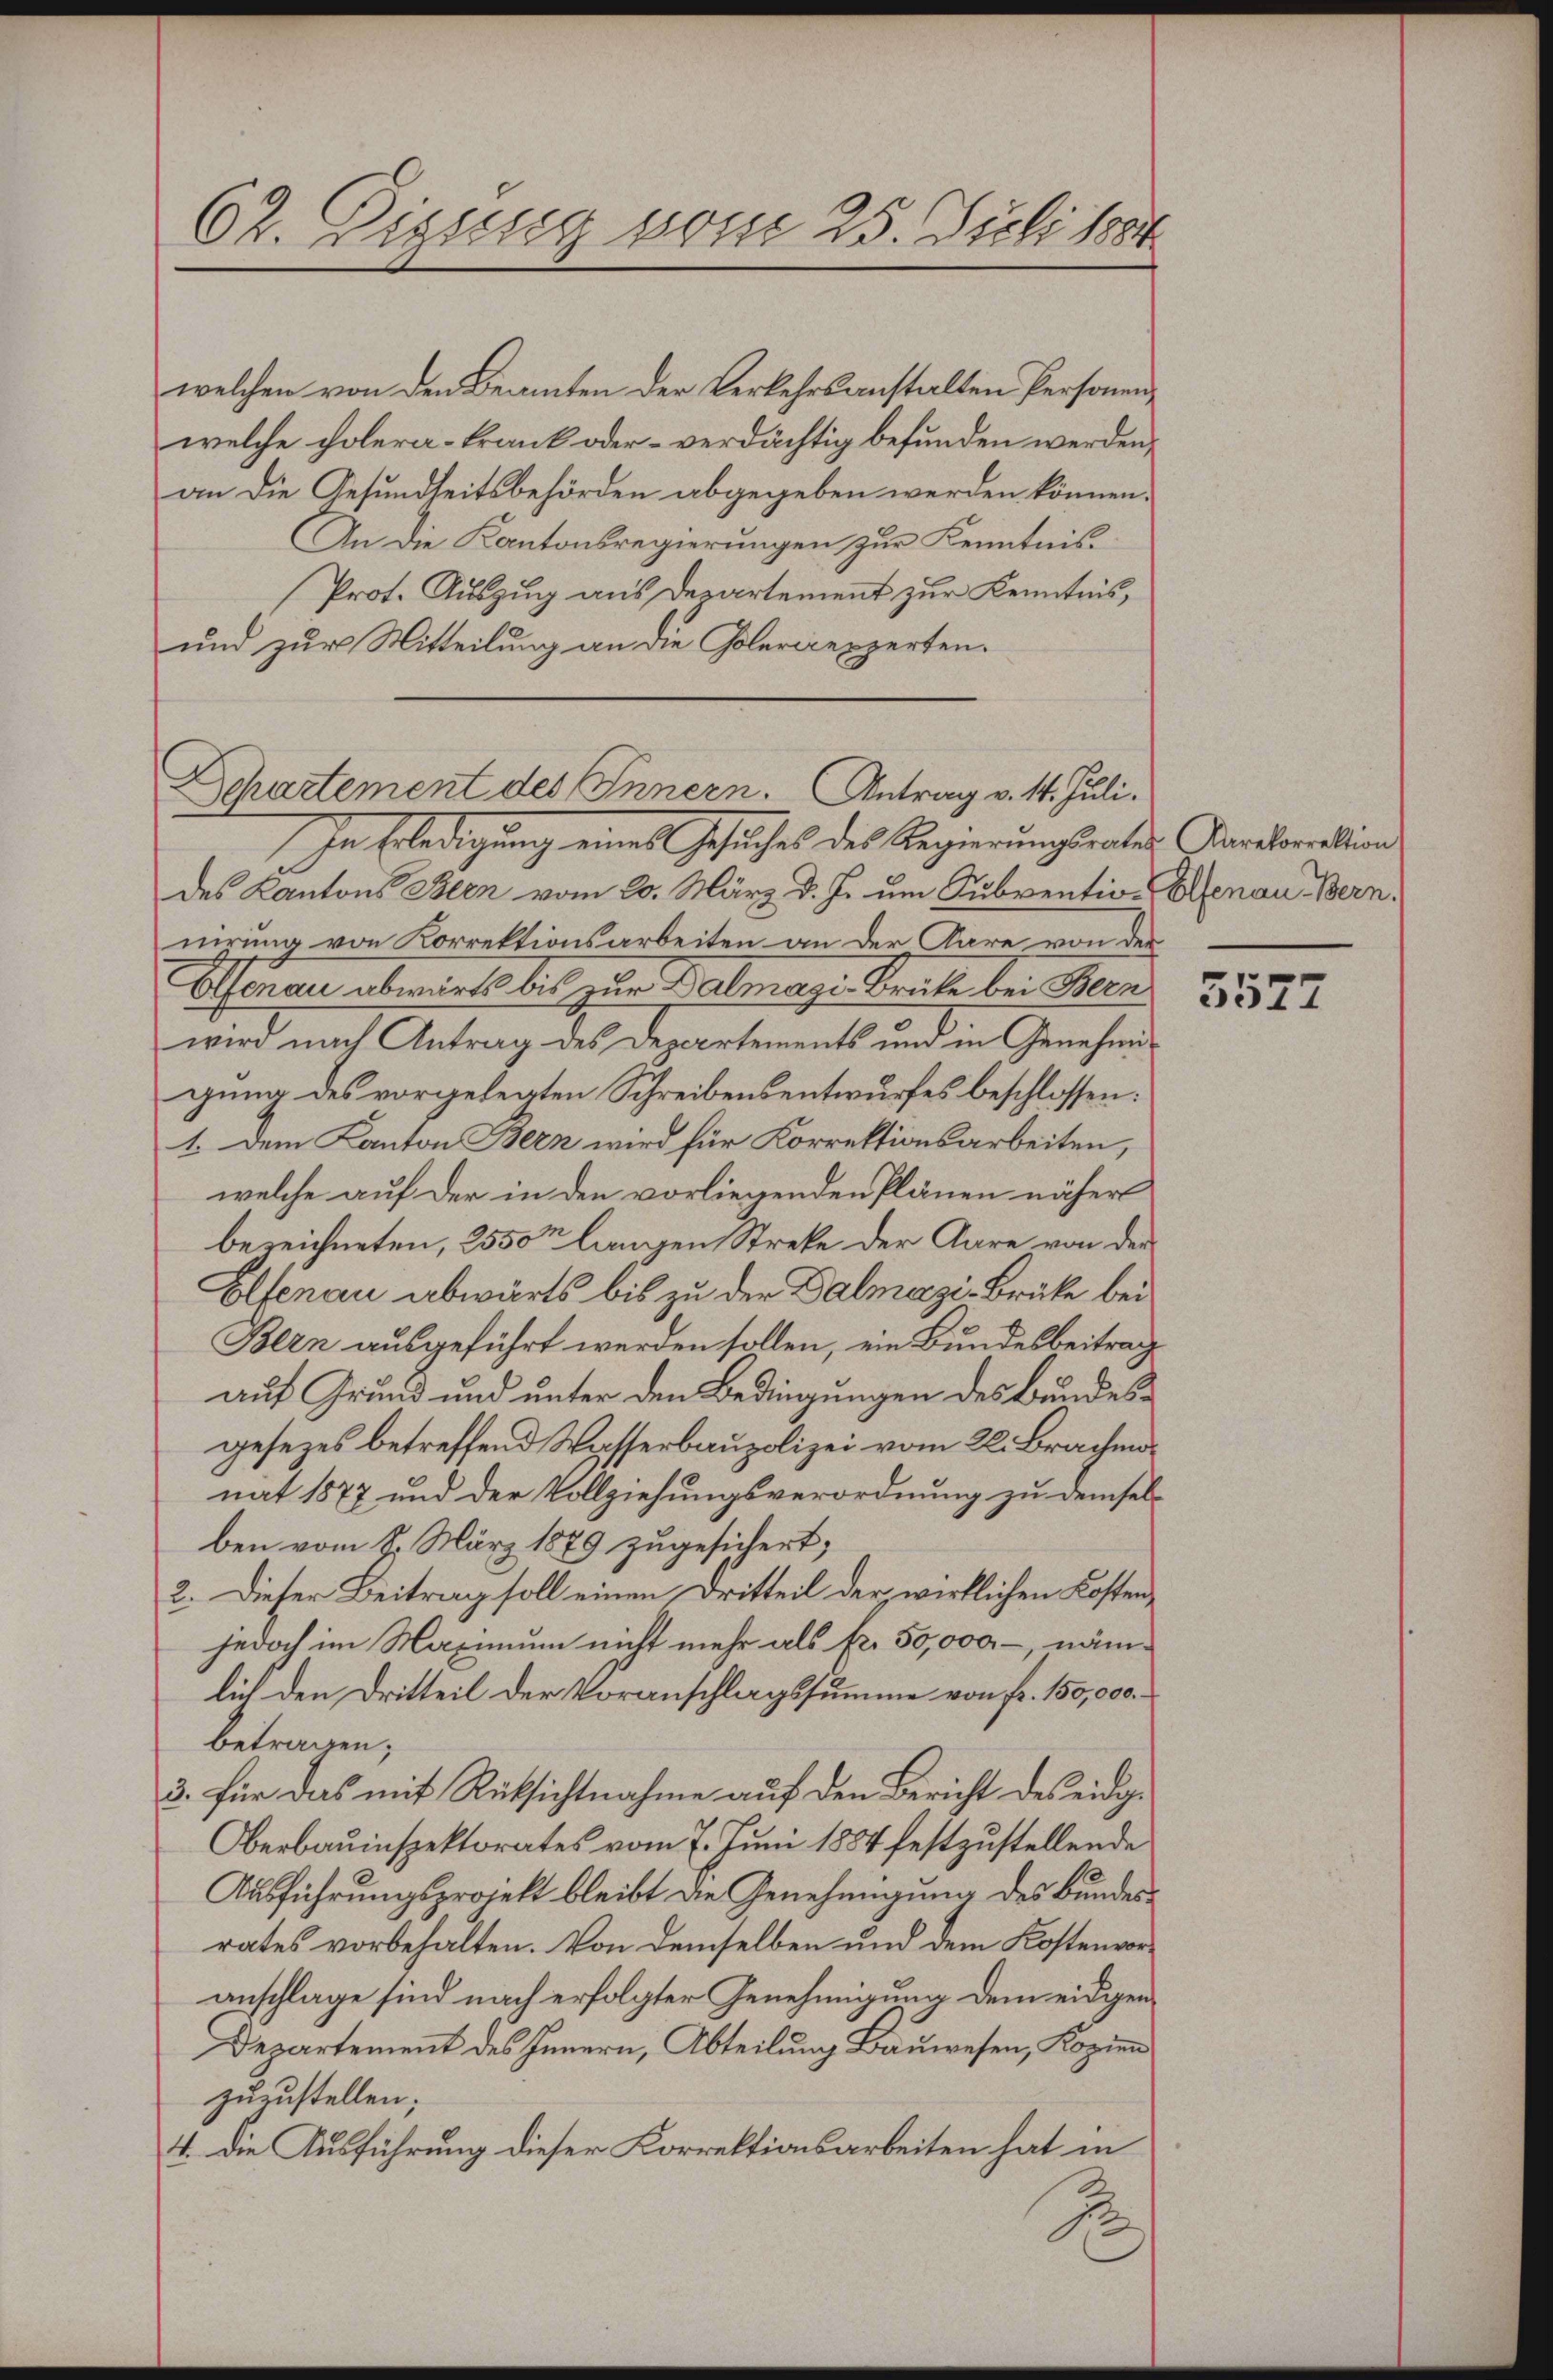
62. Dizung vom 25. Juli 1884.

welchen von den Beamten der Verkehrsanstalten Personen,
welche colera-Frank oder – verdächtig befunden werden,
an die Gesundheitsbehörden abgegeben werden können.
An die Kantonsregierungen zur Kenntnis
Prot. Auszug aus Departement zur Kenntnis,
und zur Mitteilung an die Colerienzerten.

Departement des Innern. Antrag v. 14. Juli.

/ In Erledigung eines Gesuches des Regierungsrates Kantonalion
des Kantons Blen vom 20. März d. Js. um Subventio- Elsenau Bern.
nirung von Korrektionsarbeiten an der Aare von der
Genau abwärts bis zur Dalmazi-Brüke bei Bern
wird nach Antrag des Departements und in Genehmigung des vorgelegten Schreibensentwurfes beschlossen:
1. Dem Kanton Bern wird für Korrektionsarbeiten,
welche auf der in den vorliegenden Plänen näher
bezeichneten, 2550m langen Streke der Aare von der
Elfenau abwärts bis zu der Dalmazi-Brüke bei
Bern ausgeführt werden sollen, ein Bundesbeitrag
auf Grund und unter den Bedingungen des Bundesgesezes betreffend Wasserbaupolizei vom 28. Brachmonat 1877 und der Vollziehungsverordnung zu demselben vom 8. März 1879 zugesichert,
2. Dieser Beitrag soll einen Dritteil der wirklichen Kostenjedoch im Maximum nicht mehr als Fr. 50,000.-, nämlich den Dritteil der Voranschlagssumme von Fr. 150,000.
betragen;
3. für das mit Rüksichtnahme auf den Bericht des eidge
Oberbauinspektorates vom 7. Juni 1854 festzustellende
Ausführungsprojekt bleibt die Genehmigung des Bundesrates vorbehalten. Von demselben und dem Kostenvoranschlage sind nach erfolgter Genehmigung dem eidgen
Departement des Innern, Abteilung Bauwesen, Kopien
zuzustellen;
4. Die Ausführung dieser Korrektionsarbeiten hat in
S

5577